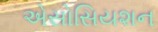
એસોસિયશન